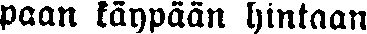
paan käypään hintaan